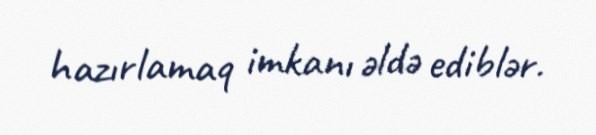
hazırlamaq imkanı əldə ediblər.